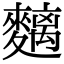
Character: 麶